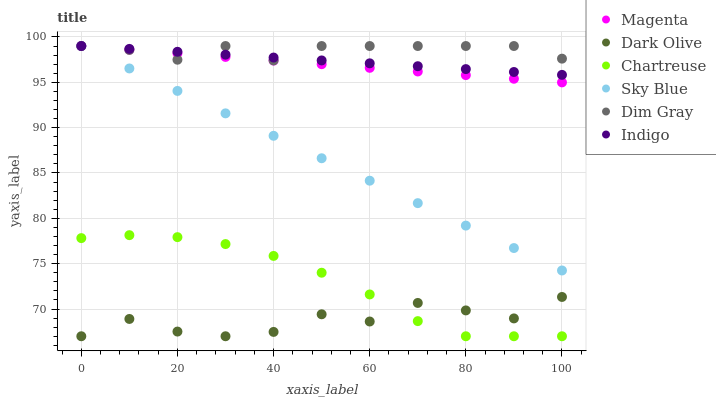
| xaxis_label | Magenta | Dark Olive | Chartreuse | Sky Blue | Dim Gray | Indigo |
 | --- | --- | --- | --- | --- | --- | --- |
 | 0 | 99 | 67 | 77.8 | 99 | 99 | 99 |
 | 10 | 98.6 | 68.9 | 78.1 | 96.5 | 98.6 | 98.7 |
 | 20 | 98.2 | 67.5 | 77.9 | 94.1 | 97.5 | 98.4 |
 | 30 | 97.8 | 67 | 77.2 | 91.6 | 99 | 98 |
 | 40 | 97.4 | 67.5 | 75.9 | 89.1 | 97.4 | 97.7 |
 | 50 | 97 | 69.4 | 74 | 86.6 | 99 | 97.4 |
 | 60 | 96.6 | 68.6 | 71.6 | 84.2 | 99 | 97.1 |
 | 70 | 96.2 | 70.7 | 68.7 | 81.7 | 99 | 96.8 |
 | 80 | 95.8 | 69.8 | 67 | 79.2 | 99 | 96.5 |
 | 90 | 95.4 | 69 | 67 | 76.7 | 99 | 96.1 |
 | 100 | 95 | 71.3 | 67 | 74.3 | 97.6 | 95.8 |